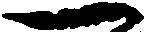
一